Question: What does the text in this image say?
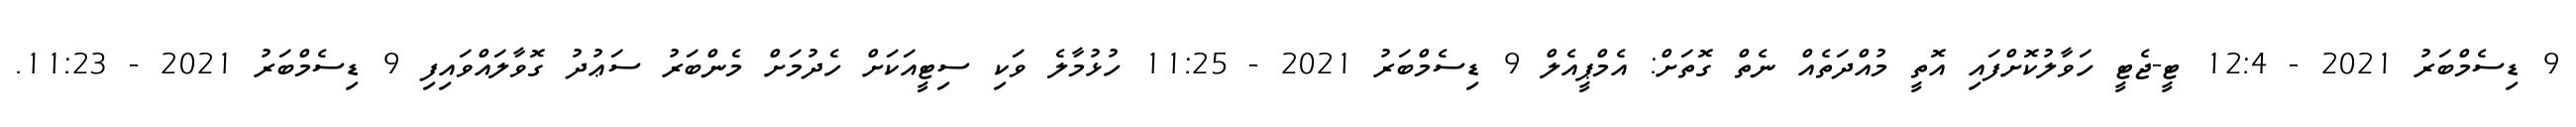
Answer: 9 ޑިސެމްބަރު 2021 - 12:4 ޓީ-ޖެޓީ ހަވާލުކޮށްފައި އޮތީ މުއްދަތެއް ނެތް ގޮތަށް: އެމްޕީއެލް 9 ޑިސެމްބަރު 2021 - 11:25 ހުޅުމާލެ ވަކި ސިޓީއަކަށް ހެދުމަށް މެންބަރު ސަޢުދު ގޮވާލައްވައިފި 9 ޑިސެމްބަރު 2021 - 11:23.